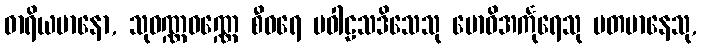
ဓာရိယမာနော, သုဝဏ္ဏဝဏ္ဏေ စီဝရေ ပဝါဠသဒိသေသု ဗောဓိအင်္ကုရေသု ပတမာနေသု,